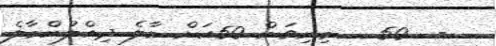
-  50   މިނިވަން 50އަށް މާލެ ދިއްލުންމާލެ